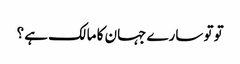
تو تو سارے جہان کا مالک ہے ؟